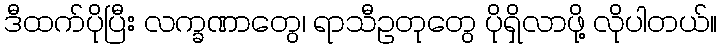
ဒီထက်ပိုပြီး လက္ခဏာတွေ၊ ရာသီဥတုတွေ ပိုရှိလာဖို့ လိုပါတယ်။